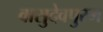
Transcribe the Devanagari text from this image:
वासुदेवपुरम